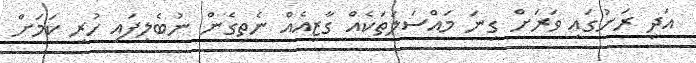
އަދި ރަށުގައި ވަރަށް ގިނަ މައްސަލަތަކެއް ގާޒީއެއް ނެތިގެން ނުބެލިފައި ހުރި ކަމަށް